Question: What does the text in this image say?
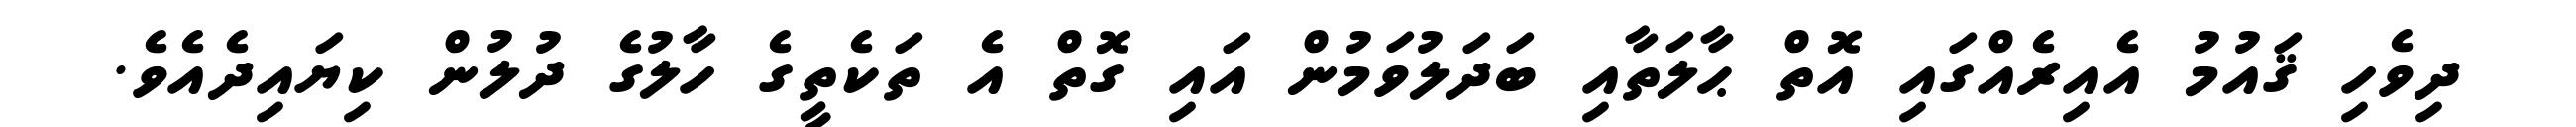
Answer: ދިވެހި ޤައުމު އެއިރެއްގައި އޮތް ޙާލަތާއި ބަދަލުވަމުން އައި ގޮތް އެ ތަކެތީގެ ހާލުގެ ދުލުން ކިޔައިދެއެވެ.